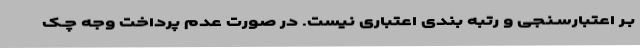
بـر اعتبارسـنجی و رتبه بندی اعتباری نیست. در صورت عدم پرداخت وجه چـک